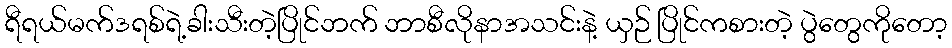
ရီရယ်မက်ဒရစ်ရဲ့ခါးသီးတဲ့ပြိုင်ဘက် ဘာစီလိုနာအသင်းနဲ့ ယှဉ် ပြိုင်ကစားတဲ့ ပွဲတွေကိုတော့